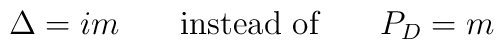
\Delta = im \ \hbox{\hspace{5mm} instead of \hspace{5mm}} \ P_D = m